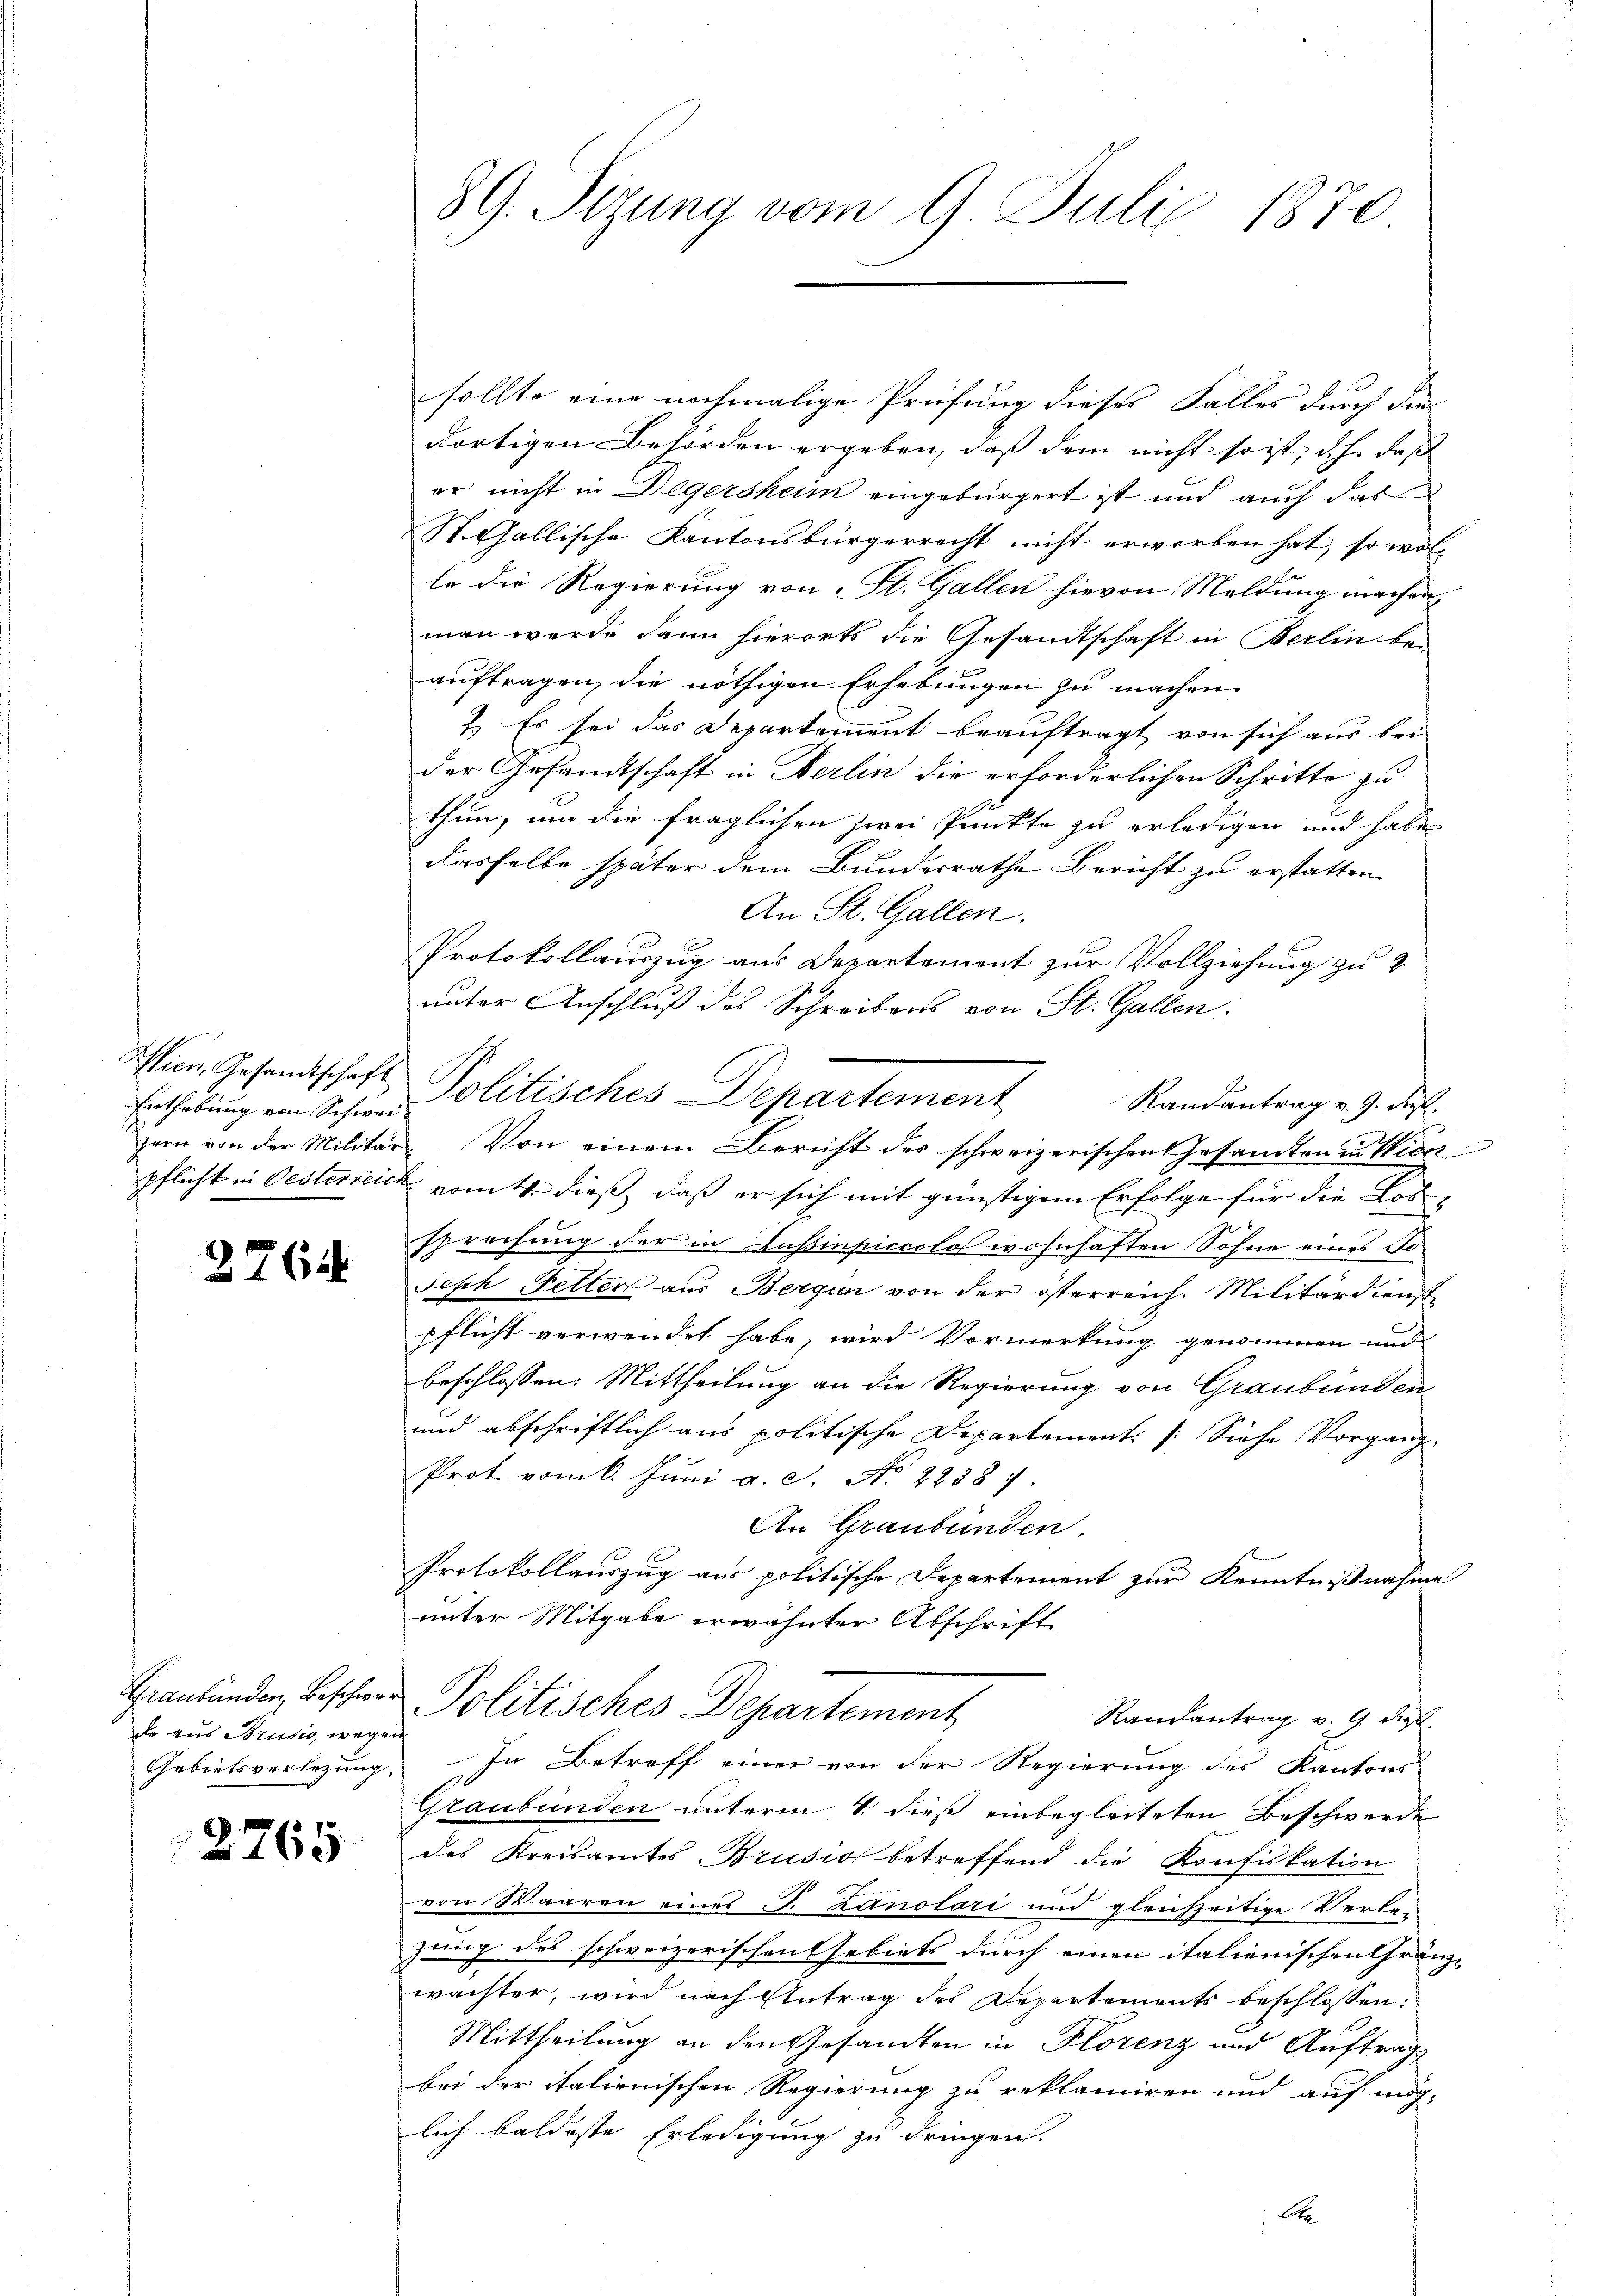
Enthebung von Schwei¬

376

de aus Brudis wegen

2765

39. Sizung vom 9. Juli 1870.

sollte eine nochmalige Prüfung dieses Falles durch die
dortigen Behörden ergeben, daß dem nicht so ist, d.h. daß
er nicht in Degersheim eingebürgert ist und auch das
St. Gallische Kantonsbürgerrecht nicht erworben hat, so wollo die Regierung von St. Gallen hievon Meldung machen,
man werde dann hierorts die Gesandtschaft in Berlin beauftragen, die nöthigen Erhebungen zu machen.
2.) Es sei das Departement beauftragt von sich aus bei
der Gesandtschaft in Berlin die erforderlichen Schritte zu
thun, um die fraglichen Zwei Punkte zu erledigen und habe
dasselbe später dem Bundesrathe Bericht zu erstatten
An St. Gallen.
Protokollauszug aus Departement zur Vollziehung zu 2
unter Anschluß des Schreibens von St. Gallen.
Randantrag v. 9. d.
zern von der Militär- Von einem Bericht des schweizerischen Gesandten in Wider
pflicht in Oesterreich vom 4. dieß, daß er sich mit günstigem Erfolge für die Los-
sprechung der in Zustinpiccolos wohnhaften Sohne eines Jo¬
Seph Fetter aus Bergini von der österreich. Militärdienst
pflicht verwendet habe, wird Vormerkung genommen und
beschlossen: Mittheilung an die Regierung von Graubünden
und abschriftlich aus politische Departement [Siehe Vorgang
Prot vom 6. Jŭni a. S. No 22387.
An Graubünden,
Protokollauszug aus politische Departement zur Kenntnißnahme
unter Mitgabe erwähnter Abschrift
Graubünden Beschwer Politisches Departement
Randantrag v. 9. die
.
Gebietsverlegung. In Betreff einer von der Regierung des Kantons
Graubünden unterm 4. dieß einbegleiteten Beschwerde
des Kreisamtes Brusio betreffend die Konfiskation
von Waaren eines J. Lanolari und gleichzeitige Verle
zung des schweizerischen Gebiets durch einen italienischen Gränz-
wächter, wird nach Antrag des Departements beschlossen:
Mittheilung an den Gesandten in Florenz und Auftrag
bei der italienischen Regierung zu reklamiren und auf mög-
lich baldeste Erledigung zu dringen.
Lot

Wien Gesandtschaft Politisches Departement